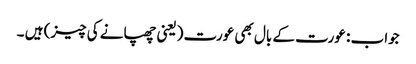
جواب : عورت کے بال بھی عورت (یعنی چھپانے کی چیز) ہیں ۔